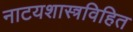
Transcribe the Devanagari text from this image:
नाटयशास्त्रविहित